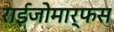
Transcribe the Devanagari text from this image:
राईजोमार्फस